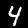
Label: 4